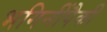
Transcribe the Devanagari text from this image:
भगिनींपैकी